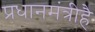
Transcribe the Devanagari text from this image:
प्रधानमंत्रीहै